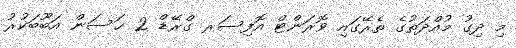
މި ދިގު މުއްދަތުގެ ތެރޭގައި ވޮރަންޓް އޮފިސަރ ގްރޭޑް 2 ޙަސަން އަބޫބަކުރު